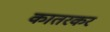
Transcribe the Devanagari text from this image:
कातरकर